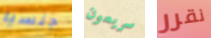
جنسيا سريعون نقرر